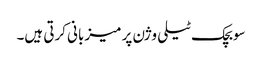
سوبچک ٹیلی وژن پر میزبانی کرتی ہیں۔